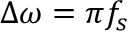
\Delta \omega = \pi f _ { s }